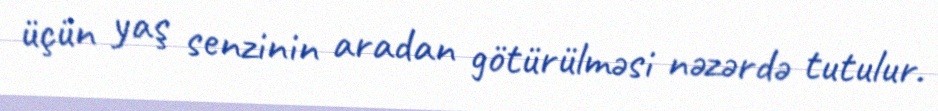
üçün yaş senzinin aradan götürülməsi nəzərdə tutulur.